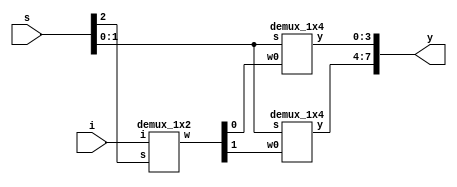
`timescale 1ns / 1ps

module demux1x8(y,s,i);
output [7:0]y;
input [2:0]s;
input i;
wire [1:0]w;
demux_1x2 m1(w[1:0],s[2],i);
demux_1x4 m2(y[3:0],s[1:0],w[0]);
demux_1x4 m3(y[7:4],s[1:0],w[1]);
endmodule

module demux_1x4(y,s,w0);
output [3:0]y;
input [1:0]s;
input w0;
wire [1:0]wi;
demux_1x2 m4(wi,s[1],w0);
demux_1x2 m5(y[1:0],s[0],wi[0]);
demux_1x2 m6(y[3:2],s[0],wi[1]);
endmodule

module demux_1x2(w,s,i);
output [1:0]w;
input s;
input i;
assign w[0]=i & (~s);
assign w[1]=i & (s);
endmodule